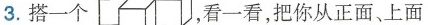
3.搭一个，看一看，把你从正面、上面